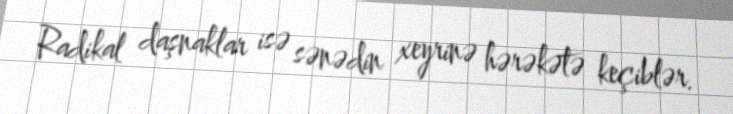
Radikal daşnaklar isə sənədin xeyrinə hərəkətə keçiblər.